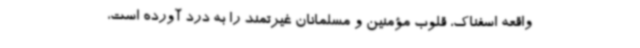
واقعه اسفناک، قلوب مؤمنین و مسلمانان غیرتمند را به درد آورده است،